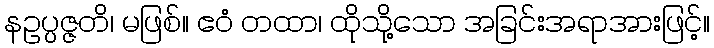
နဥပ္ပဇ္ဇတိ၊ မဖြစ်။ ဧဝံ တထာ၊ ထိုသို့သော အခြင်းအရာအားဖြင့်။